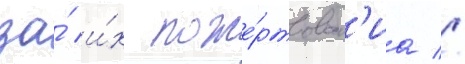
за́ и́х поже́ртвован'иа //